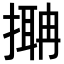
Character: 𢳞